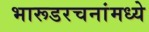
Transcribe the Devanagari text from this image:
भारूडरचनांमध्ये